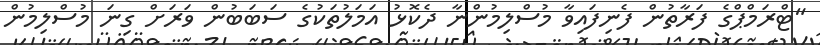
"ޓްރަމްޕްގެ ފަރާތުން ފެނިފައިވާ މުސްލިމުންނާ ދެކޮޅު އަމަލުތަކުގެ ސަބަބުން ވަރަށް ގިނަ މުސްލިމުން